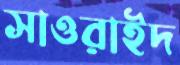
সাওরাইদ